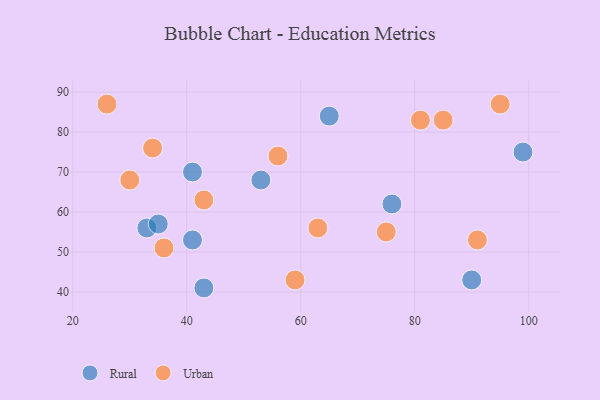
{"axis": {"x": "GDP", "y": "Life Expectancy"}, "legend": ["Rural", "Urban"], "data": [{"x": "41", "y": 53, "type": "Rural"}, {"x": "43", "y": 41, "type": "Rural"}, {"x": "99", "y": 75, "type": "Rural"}, {"x": "33", "y": 56, "type": "Rural"}, {"x": "35", "y": 57, "type": "Rural"}, {"x": "65", "y": 84, "type": "Rural"}, {"x": "76", "y": 62, "type": "Rural"}, {"x": "90", "y": 43, "type": "Rural"}, {"x": "53", "y": 68, "type": "Rural"}, {"x": "41", "y": 70, "type": "Rural"}, {"x": "91", "y": 53, "type": "Urban"}, {"x": "30", "y": 68, "type": "Urban"}, {"x": "43", "y": 63, "type": "Urban"}, {"x": "56", "y": 74, "type": "Urban"}, {"x": "75", "y": 55, "type": "Urban"}, {"x": "26", "y": 87, "type": "Urban"}, {"x": "59", "y": 43, "type": "Urban"}, {"x": "81", "y": 83, "type": "Urban"}, {"x": "36", "y": 51, "type": "Urban"}, {"x": "85", "y": 83, "type": "Urban"}, {"x": "95", "y": 87, "type": "Urban"}, {"x": "63", "y": 56, "type": "Urban"}, {"x": "34", "y": 76, "type": "Urban"}]}